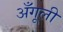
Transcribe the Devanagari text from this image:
अँगूली